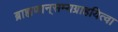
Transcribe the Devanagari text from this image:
ब्राह्मणान्‌सम्यग्राहयित्वा